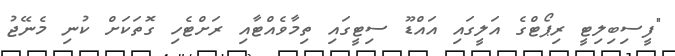
"ފީސިބިލިޓީ ރިޕޯޓްގެ އަލީގައި އައްޑޫ ސިޓީގައި ތިމާވެއްޓާއި ރަށްޓެހި ގޮތަކަށް ކުނި މެނޭޖު